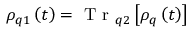
\rho _ { q 1 } \left( t \right) = \mathrm { ~ T ~ r ~ } _ { q 2 } \left[ \rho _ { q } \left( t \right) \right]